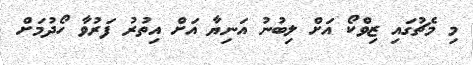
މި މެޗުގައި ޒިވްކޯ އަށް ލިބުނު އަނިޔާ އަށް އިތުރު ފަރުވާ ހޯދުމަށް